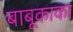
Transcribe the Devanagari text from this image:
बाबूकाका